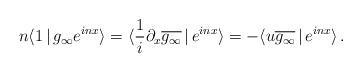
LaTeX: \begin{align*}n \langle 1 \, | \, g_\infty e^{inx} \rangle = \langle \frac{1}{i} \partial_x \overline{g_\infty} \, | \, e^{inx} \rangle = - \langle u \overline{g_\infty} \, | \, e^{inx} \rangle \, .\end{align*}